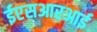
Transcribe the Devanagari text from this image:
ईएसआरआई